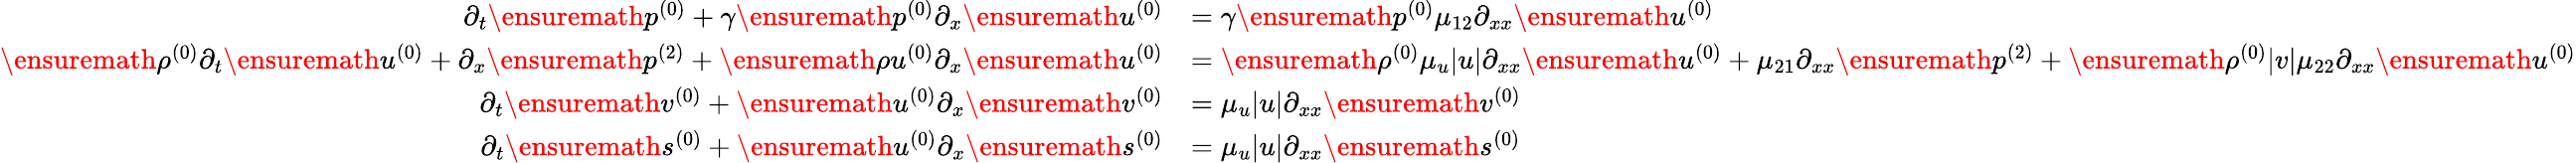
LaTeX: \begin{array}{rl}{\partial_{t}\ensuremath{p^{(0)}}+\gamma\ensuremath{p^{(0)}}\partial_{x}\ensuremath{u^{(0)}}}&{=\gamma\ensuremath{p^{(0)}}\mu_{12}\partial_{xx}\ensuremath{u^{(0)}}}\\ {\ensuremath{\rho^{(0)}}\partial_{t}\ensuremath{u^{(0)}}+\partial_{x}\ensuremath{p^{(2)}}+\ensuremath{\rho u^{(0)}}\partial_{x}\ensuremath{u^{(0)}}}&{=\ensuremath{\rho^{(0)}}\mu_{u}|u|\partial_{xx}\ensuremath{u^{(0)}}+\mu_{21}\partial_{xx}\ensuremath{p^{(2)}}+\ensuremath{\rho^{(0)}}|v|\mu_{22}\partial_{xx}\ensuremath{u^{(0)}}}\\ {\partial_{t}\ensuremath{v^{(0)}}+\ensuremath{u^{(0)}}\partial_{x}\ensuremath{v^{(0)}}}&{=\mu_{u}|u|\partial_{xx}\ensuremath{v^{(0)}}}\\ {\partial_{t}\ensuremath{s^{(0)}}+\ensuremath{u^{(0)}}\partial_{x}\ensuremath{s^{(0)}}}&{=\mu_{u}|u|\partial_{xx}\ensuremath{s^{(0)}}}\end{array}